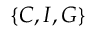
\{ C , I , G \}